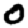
Digit: 0